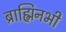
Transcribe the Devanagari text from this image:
ब्राह्मिनभी